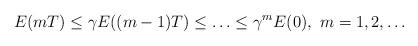
LaTeX: \begin{align*} E(mT) \leq \gamma E((m-1)T) \leq \ldots \leq \gamma^{m} E(0),\ m = 1,2,\ldots\end{align*}